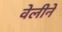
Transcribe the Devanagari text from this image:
वेलीने